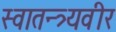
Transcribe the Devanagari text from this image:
स्वातन्त्र्यवीर